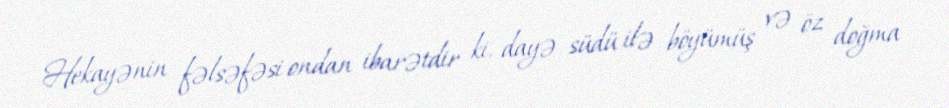
Hekayənin fəlsəfəsi ondan ibarətdir ki, dayə südü ilə böyümüş və öz doğma